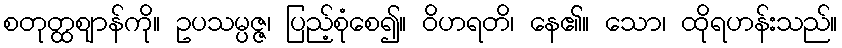
စတုတ္ထဈာန်ကို။ ဥပသမ္ပဇ္ဇ၊ ပြည့်စုံစေ၍။ ဝိဟရတိ၊ နေ၏။ သော၊ ထိုရဟန်းသည်။